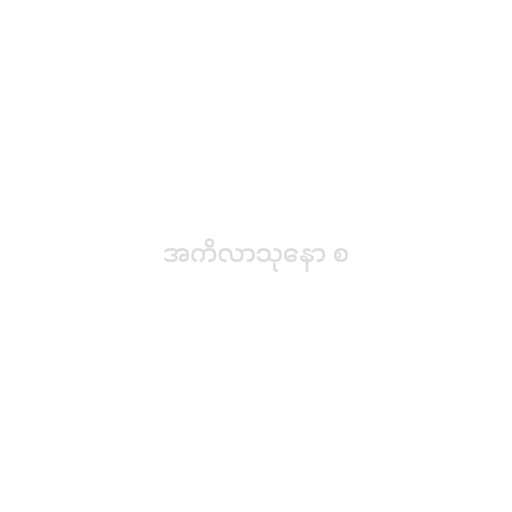
အကိလာသုနော စ